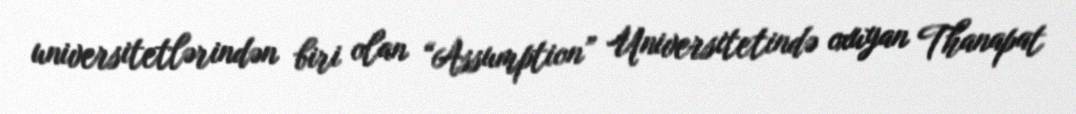
universitetlərindən biri olan “Assumption” Universitetində oxuyan Thanapat